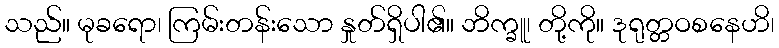
သည်။ မုခရော၊ ကြမ်းတန်းသော နှုတ်ရှိပါ၏။ ဘိက္ခူ၊ တို့ကို။ ဒုရုတ္တဝစနေဟိ၊